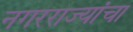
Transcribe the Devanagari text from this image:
नगरराज्यांचा